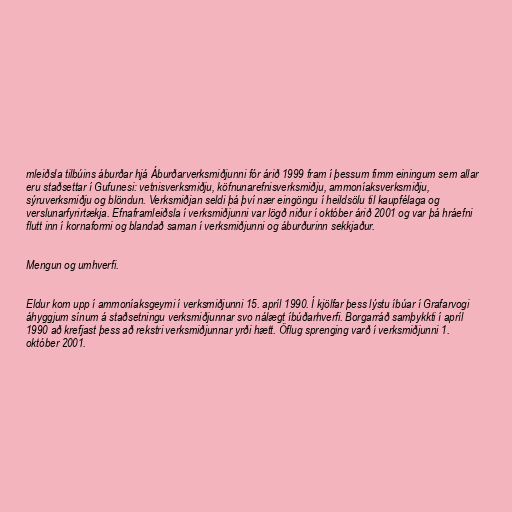
mleiðsla tilbúins áburðar hjá Áburðarverksmiðjunni fór árið 1999 fram í þessum fimm einingum sem allar
eru staðsettar í Gufunesi: vetnisverksmiðju, köfnunarefnisverksmiðju, ammoníaksverksmiðju,
sýruverksmiðju og blöndun. Verksmiðjan seldi þá því nær eingöngu í heildsölu til kaupfélaga og
verslunarfyrirtækja. Efnaframleiðsla í verksmiðjunni var lögð niður í október árið 2001 og var þá hráefni
flutt inn í kornaformi og blandað saman í verksmiðjunni og áburðurinn sekkjaður.

Mengun og umhverfi.

Eldur kom upp í ammoníaksgeymi í verksmiðjunni 15. apríl 1990. Í kjölfar þess lýstu íbúar í Grafarvogi
áhyggjum sínum á staðsetningu verksmiðjunnar svo nálægt íbúðarhverfi. Borgarráð samþykkti í apríl
1990 að krefjast þess að rekstri verksmiðjunnar yrði hætt. Öflug sprenging varð í verksmiðjunni 1.
október 2001.